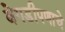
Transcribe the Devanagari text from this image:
बेगडीपणाचे